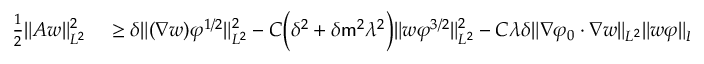
\begin{array} { r l } { \frac { 1 } { 2 } \| A w \| _ { L ^ { 2 } } ^ { 2 } } & { { } \geq \delta \| ( \nabla w ) \varphi ^ { 1 / 2 } \| _ { L ^ { 2 } } ^ { 2 } - C \Big ( \delta ^ { 2 } + \delta \mathsf { m } ^ { 2 } \lambda ^ { 2 } \Big ) \| w \varphi ^ { 3 / 2 } \| _ { L ^ { 2 } } ^ { 2 } - C \lambda \delta \| \nabla \varphi _ { 0 } \cdot \nabla w \| _ { L ^ { 2 } } \| w \varphi \| _ { L ^ { 2 } } . } \end{array}